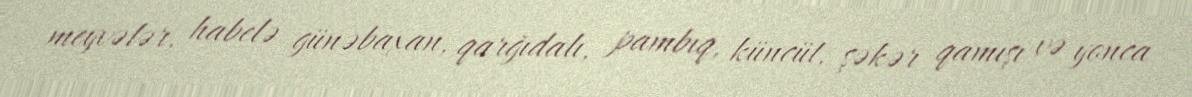
meyvələr, habelə günəbaxan, qarğıdalı, pambıq, küncüt, şəkər qamışı və yonca